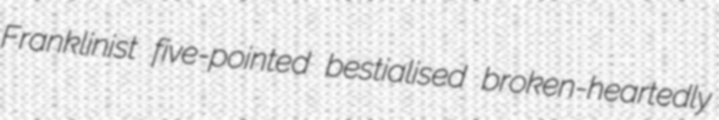
Franklinist five-pointed bestialised broken-heartedly